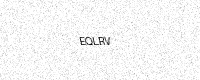
Text: EQLRV